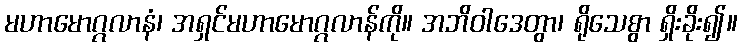
မဟာမောဂ္ဂလာနံ၊ အရှင်မဟာမောဂ္ဂလာန်ကို။ အဘိဝါဒေတွာ၊ ရိုသေစွာ ရှိးခိုး၍။